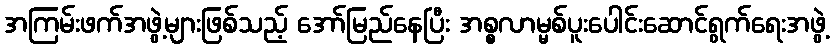
အကြမ်းဖက်အဖွဲ့များဖြစ်သည့် အော်မြည်နေပြီး အစ္စလာမ္မစ်ပူးပေါင်းဆောင်ရွက်ရေးအဖွဲ့